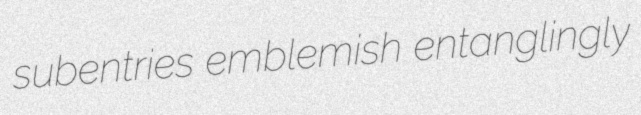
subentries emblemish entanglingly